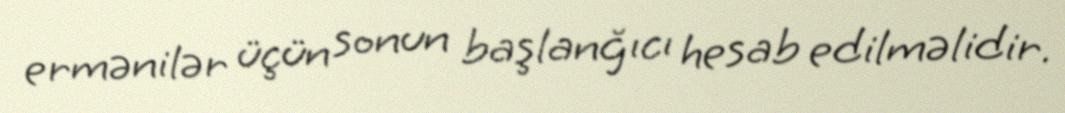
ermənilər üçün sonun başlanğıcı hesab edilməlidir.